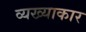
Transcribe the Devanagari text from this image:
व्यख्याकार